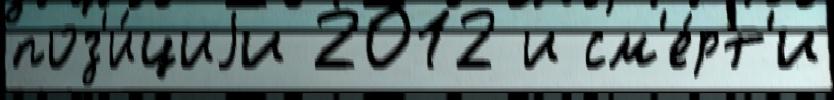
поз'и́циjи 2012 и см'е́рт'и